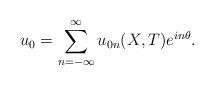
LaTeX: \begin{align*}u_{0} = \sum_{n=-\infty}^{\infty}u_{0n}(X,T)e^{in\theta}.\end{align*}